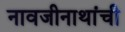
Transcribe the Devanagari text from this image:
नावजीनाथांची